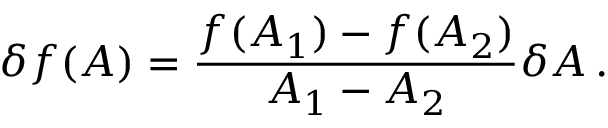
\delta f ( A ) = \frac { f ( A _ { 1 } ) - f ( A _ { 2 } ) } { A _ { 1 } - A _ { 2 } } \delta A \, .